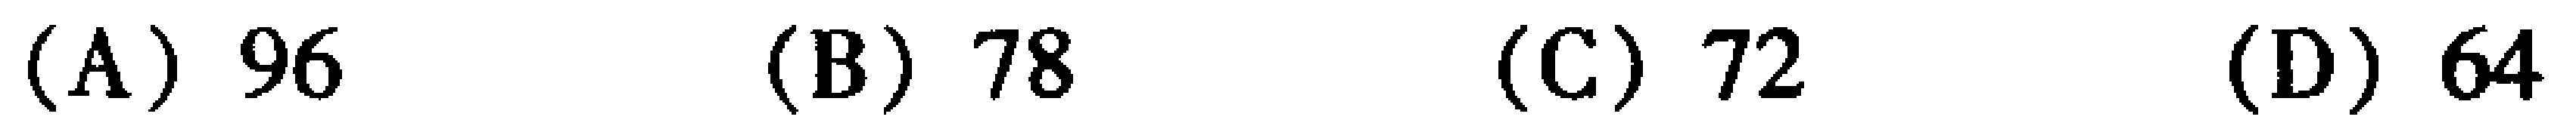
(A) \(96\) \quad (B) \(78\) \quad (C) \(72\) \quad (D) \(64\)